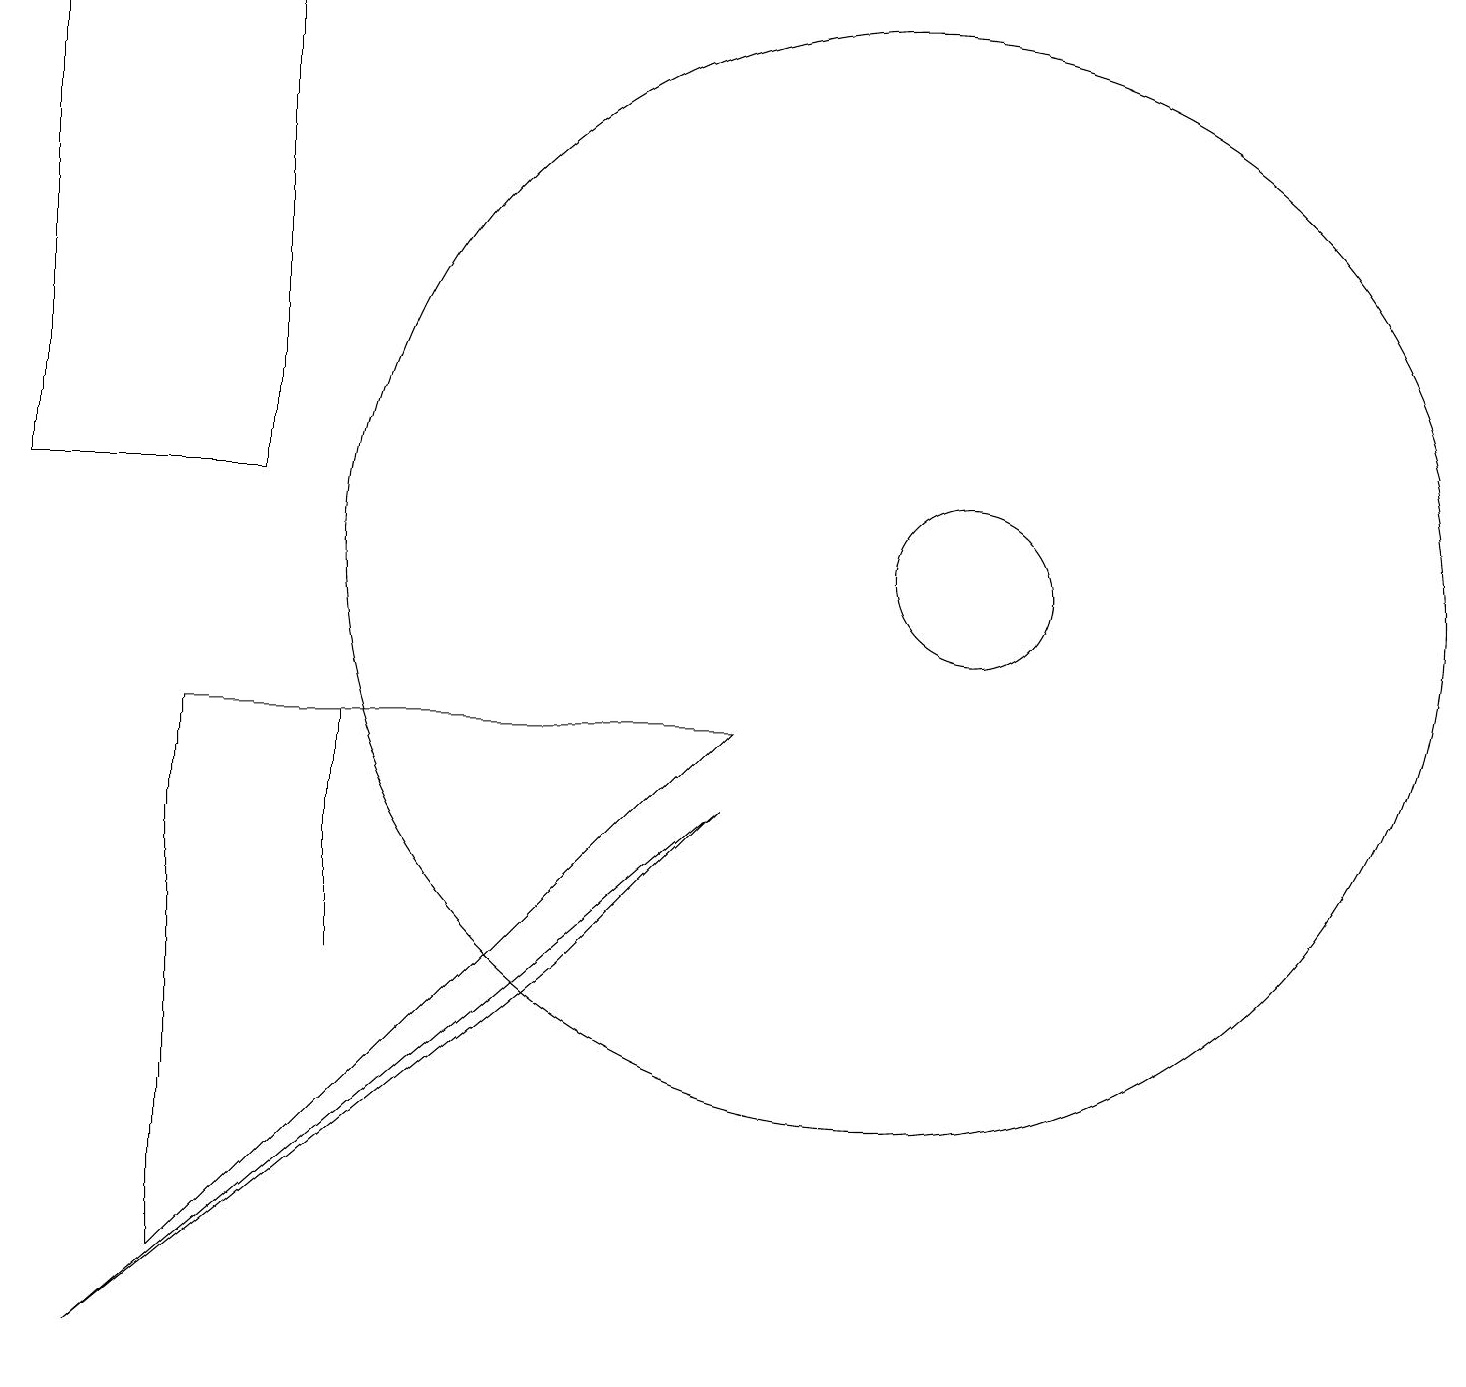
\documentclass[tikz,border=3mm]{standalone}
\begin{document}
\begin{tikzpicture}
\draw (7,17) rectangle (7,17);
\draw (1,1) -- (7,6) -- (9,8) -- cycle;
\draw (11,11) circle (7);
\draw (12,11) circle (1);
\draw (4,8) -- (4,6) -- (4,9) -- cycle;
\draw (3,12) rectangle (0,18);
\draw (2,2) -- (2,9) -- (9,9) -- cycle;
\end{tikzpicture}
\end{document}